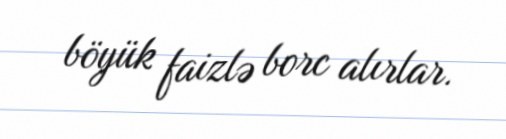
böyük faizlə borc alırlar.